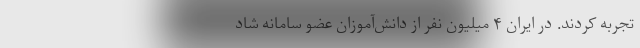
تجربه کردند. در ایران ۴ میلیون نفر از دانش‌آموزان عضو سامانه شاد